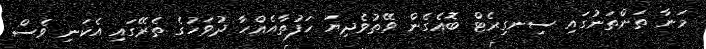
މަނާ ތަންތަނުގައި ސިނގިރެޓް ބޮއެގެން ވޭތުވެދިޔަ ހަފުތާއެއްހާ ދުވަހުގެ ތެރޭގައި އެކަނި ވެސް